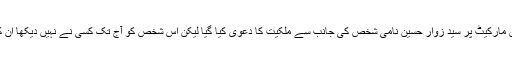
اس کے حوالے سے افغان مارکیٹ کی انجمن تاجران کے چیئرمین نے بتایا کہ اس مارکیٹ پر سید زوار حسین نامی شخص کی جانب سے ملکیت کا دعوی کیا گیا لیکن اس شخص کو آج تک کسی نے نہیں دیکھا ان کے مطابق سید زوار کے نام پر قبضہ مافیا اس مارکیٹ پر قبضہ کرنا چاہتی ہے۔